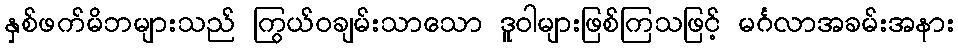
နှစ်ဖက်မိဘများသည် ကြွယ်ဝချမ်းသာသော ဒူဝါများဖြစ်ကြသဖြင့် မင်္ဂလာအခမ်းအနား